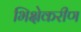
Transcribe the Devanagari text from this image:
भिक्षेकरीण